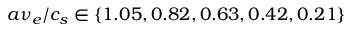
a \nu _ { e } / c _ { s } \in \{ 1 . 0 5 , 0 . 8 2 , 0 . 6 3 , 0 . 4 2 , 0 . 2 1 \}